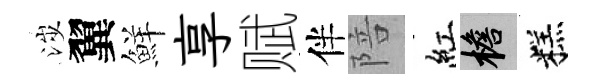
涉翼鮮享赋伴陪紅檐糕